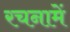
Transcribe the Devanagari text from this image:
रचनामें